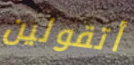
أتقولين